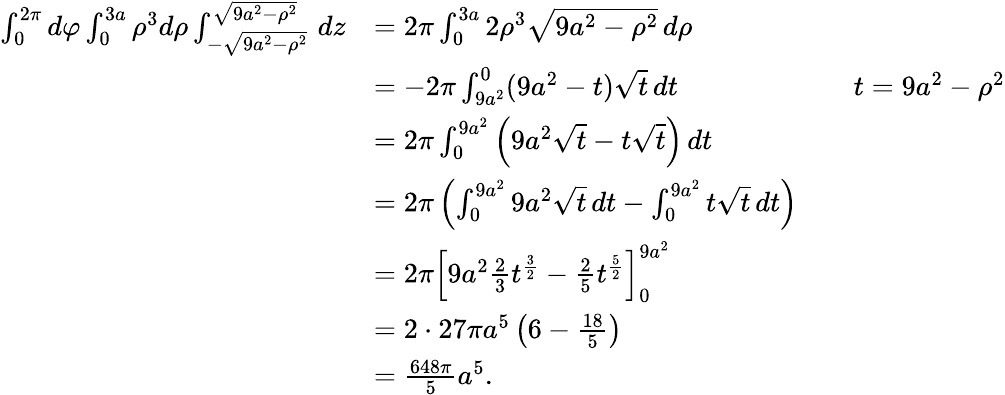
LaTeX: {\begin{array}{rlrl}{\int_{0}^{2\pi}d\varphi\int_{0}^{3a}\rho^{3}d\rho\int_{-{\sqrt{9a^{2}-\rho^{2}}}}^{\sqrt{9a^{2}-\rho^{2}}}\, dz}&{=2\pi\int_{0}^{3a}2\rho^{3}{\sqrt{9a^{2}-\rho^{2}}}\, d\rho}\\ &{=-2\pi\int_{9a^{2}}^{0}(9a^{2}-t){\sqrt{t}}\, dt}&&{t=9a^{2}-\rho^{2}}\\ &{=2\pi\int_{0}^{9a^{2}}\left(9a^{2}{\sqrt{t}}-t{\sqrt{t}}\right)\, dt}\\ &{=2\pi\left(\int_{0}^{9a^{2}}9a^{2}{\sqrt{t}}\, dt-\int_{0}^{9a^{2}}t{\sqrt{t}}\, dt\right)}\\ &{=2\pi\left[9a^{2}{\frac{2}{3}}t^{\frac{3}{2}}-{\frac{2}{5}}t^{\frac{5}{2}}\right]_{0}^{9a^{2}}}\\ &{=2\cdot 27\pi a^{5}\left(6-{\frac{18}{5}}\right)}\\ &{={\frac{648\pi}{5}}a^{5}.}\end{array}}